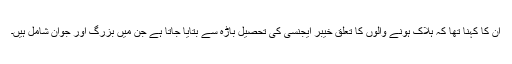
ان کا کہنا تھا کہ ہلاک ہونے والوں کا تعلق خیبر ایجنسی کی تحصیل باڑہ سے بتایا جاتا ہے جن میں بزرگ اور جوان شامل ہیں۔